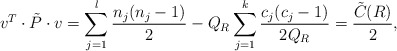
\begin{align*}v^{T} \cdot \tilde{P} \cdot v =\sum_{j =1}^{l} \frac{n_j (n_j -1)}{2} -Q_{R} \sum_{j =1}^{k} \frac{c_j (c_j -1)}{2 Q_{R}}= \frac{\tilde{C} (R) }{2},\end{align*}